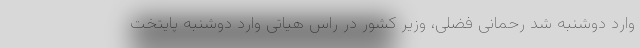
وارد دوشنبه شد رحمانی فضلی، وزیر کشور در راس هیاتی وارد دوشنبه پایتخت